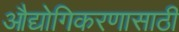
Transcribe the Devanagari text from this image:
औद्योगिकरणासाठी